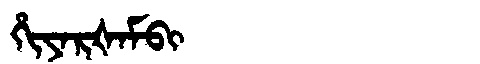
Manchu: ᡥᡳᠶᠠᡵᡧᠠᠮᠪᡳ
Romanization: HIYARŠAMBI